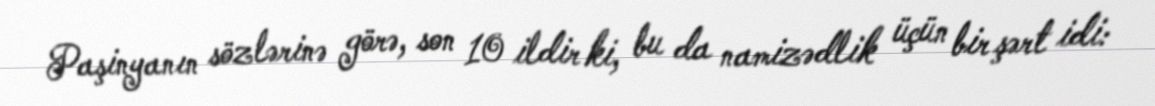
Paşinyanın sözlərinə görə, son 10 ildir ki, bu da namizədlik üçün bir şərt idi: